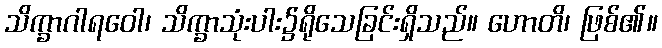
သိက္ခာဂါရဝေါ၊ သိက္ခာသုံးပါး၌ရိုသေခြင်းရှိသည်။ ဟောတိ၊ ဖြစ်၏။